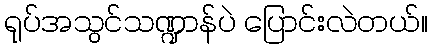
ရုပ်အသွင်သဏ္ဍာန်ပဲ ပြောင်းလဲတယ်။